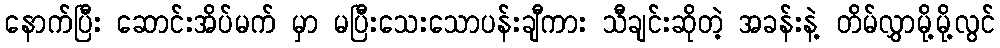
နောက်ပြီး ဆောင်းအိပ်မက် မှာ မပြီးသေးသောပန်းချီကား သီချင်းဆိုတဲ့ အခန်းနဲ့ တိမ်လွှာမို့မို့လွင်